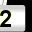
Digit: 2